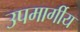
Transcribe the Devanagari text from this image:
उपमार्गीय